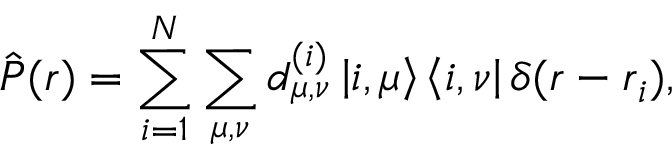
\hat { \boldsymbol P } ( \boldsymbol r ) = \sum _ { i = 1 } ^ { N } \sum _ { \mu , \nu } \boldsymbol d _ { \mu , \nu } ^ { ( i ) } \left| i , \mu \right> \left< i , \nu \right| \delta ( \boldsymbol r - \boldsymbol r _ { i } ) ,